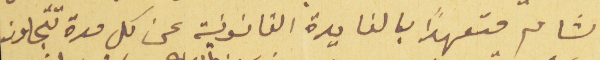
الشام متعهداً بالفايدة القانونية عن كل مدة تتجاوز